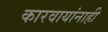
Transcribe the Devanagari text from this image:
कारवायांनाही